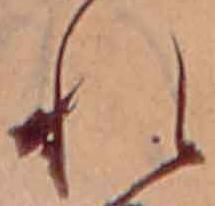
れ